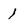
Character: 1